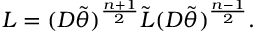
L = ( D \tilde { \theta } ) ^ { \frac { n + 1 } { 2 } } \tilde { L } ( D \tilde { \theta } ) ^ { \frac { n - 1 } { 2 } } .